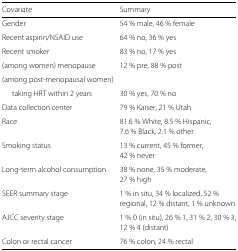
<table><thead><tr><td><b>Covariate</b></td><td><b>Summary</b></td></tr></thead><tbody><tr><td>Gender</td><td>54 % male, 46 % female</td></tr><tr><td>Recent aspirin/NSAID use</td><td>64 % no, 36 % yes</td></tr><tr><td>Recent smoker</td><td>83 % no, 17 % yes</td></tr><tr><td>(among women) menopause</td><td>12 % pre, 88 % post</td></tr><tr><td>(among post-menopausal women)</td><td></td></tr><tr><td>taking HRT within 2 years</td><td>30 % yes, 70 % no</td></tr><tr><td>Data collection center</td><td>79 % Kaiser, 21 % Utah</td></tr><tr><td>Race</td><td>81.6 % White, 8.5 % Hispanic,</td></tr><tr><td></td><td>7.6 % Black, 2.1 % other</td></tr><tr><td>Smoking status</td><td>13 % current, 45 % former,</td></tr><tr><td></td><td>42 % never</td></tr><tr><td>Long-term alcohol consumption</td><td>38 % none, 35 % moderate,</td></tr><tr><td></td><td>27 % high</td></tr><tr><td>SEER summary stage</td><td>1 % in situ, 34 % localized, 52 %</td></tr><tr><td></td><td>regional, 12 % distant, 1 % unknown</td></tr><tr><td>AJCC severity stage</td><td>1 % 0 (in situ), 26 % 1, 31 % 2, 30 % 3,</td></tr><tr><td></td><td>12 % 4 (distant)</td></tr><tr><td>Colon or rectal cancer</td><td>76 % colon, 24 % rectal</td></tr></tbody></table>